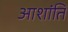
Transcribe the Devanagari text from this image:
आशांति